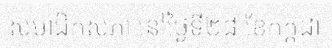
សមាជិកសភា នៅថ្ងៃទី២៨ ខែកក្កដា